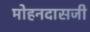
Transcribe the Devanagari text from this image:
मोहनदासजी